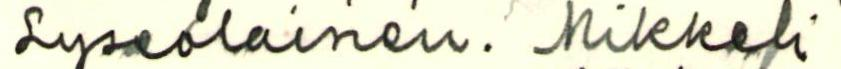
Lyseolainen. Mikkeli.